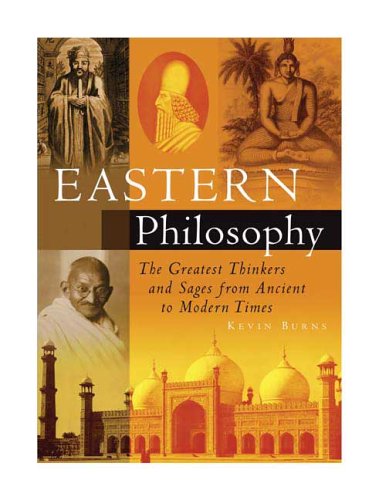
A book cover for Eastern Philosophy: The Greatest Thinkers and Sages from Ancient to Modern Times; Kevin Burns; Teen & Young Adult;